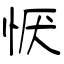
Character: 恹